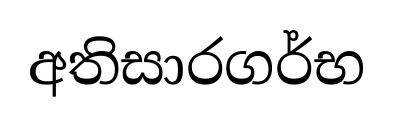
අතිසාරගර්භ